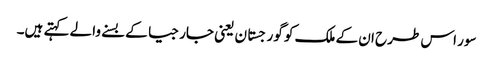
سور اس طرح ان کے ملک کو گورجستان یعنی جارجیا کے بسنے والے کہتے ہیں۔